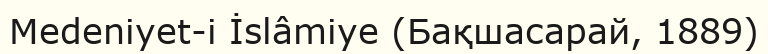
Medeniyet-i İslâmiye (Бақшасарай, 1889)